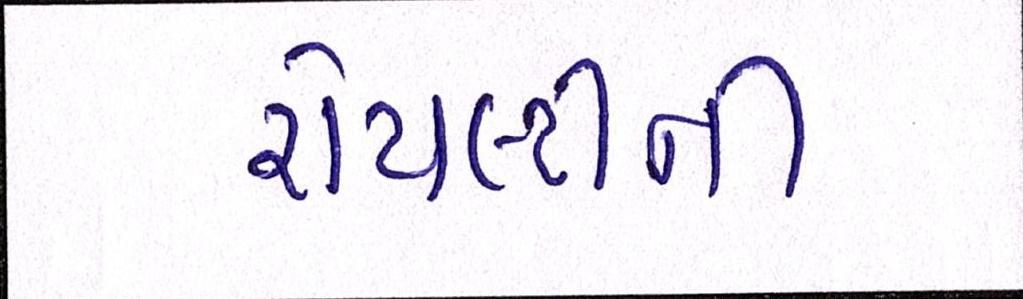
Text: રોયલ્ટીની